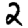
Digit: 2